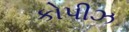
કોપીઝ